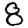
Digit: 8